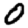
Digit: 0